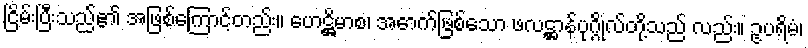
ငြိမ်းပြီးသည်၏ အဖြစ်ကြောင့်တည်း။ ဟေဋ္ဌိမာစ၊ အောက်ဖြစ်သော ဖလဋ္ဌာန်ပုဂ္ဂိုလ်တို့သည် လည်း။ ဥပရိမံ၊